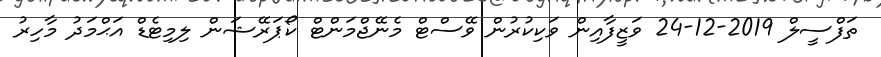
ތަފްސީލް 2019-12-24 ވަޒީފާއިން ވަކިކުރުން ވޭސްޓް މެނޭޖްމަންޓް ކޯޕަރޭޝަން ލިމިޓެޑް އަޙްމަދު މާހިރު